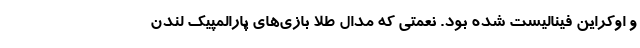
و اوکراین فینالیست شده بود. نعمتی که مدال طلا بازی‌های پارالمپیک لندن